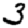
Digit: 3